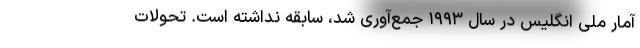
آمار ملی انگلیس در سال ۱۹۹۳ جمع‌آوری شد، سابقه نداشته است. تحولات